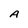
Character: A